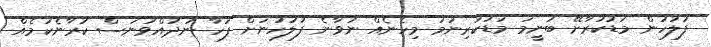
ފުލުހުން މަޑުކުރާށޭ ބުނީމަ މަޑުކުރިނަމަ މިހެނެއް ނުވާނެ ފުލުހުނަށް ފަހާ ނުދުއްވުނަސް ކުރާނެކަމެއް